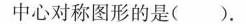
中心对称图形的是( )。